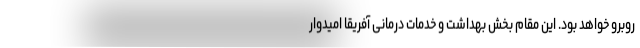
روبرو خواهد بود. این مقام بخش بهداشت و خدمات درمانی آفریقا امیدوار